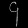
Digit: ၄